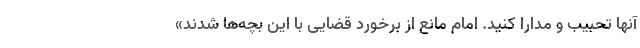
آنها تحبیب و مدارا کنید. امام مانع از برخورد قضایی با این بچه‌ها شدند»